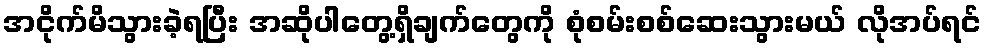
အငိုက်မိသွားခဲ့ရပြီး အဆိုပါတွေ့ရှိချက်တွေကို စုံစမ်းစစ်ဆေးသွားမယ် လိုအပ်ရင်